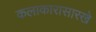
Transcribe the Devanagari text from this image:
कलाकारासारखे